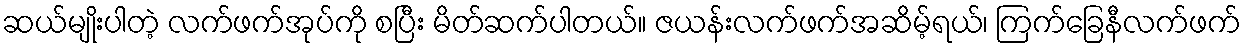
ဆယ်မျိုးပါတဲ့ လက်ဖက်အုပ်ကို စပြီး မိတ်ဆက်ပါတယ်။ ဇယန်းလက်ဖက်အဆိမ့်ရယ်၊ ကြက်ခြေနီလက်ဖက်